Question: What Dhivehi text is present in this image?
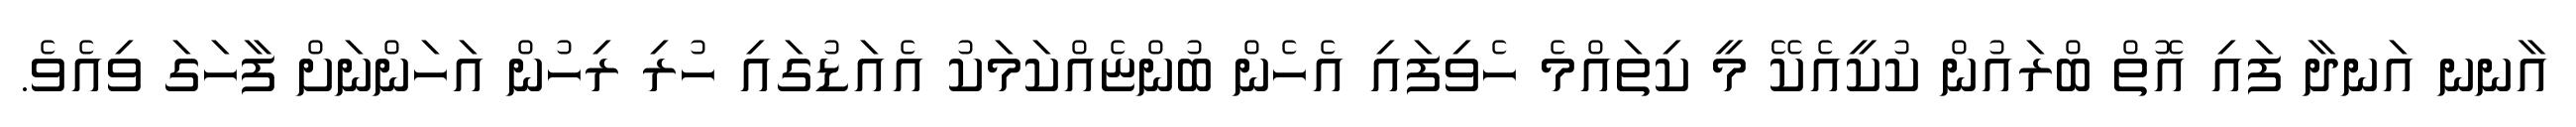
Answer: އާނނ އަނދާ ފައި އޮތް ބްރައުން ކުކީއެކޭ މީ ކިތައްމެ ހެވިފައި އެހެން ބުންޏެއްކަމަކު އެއަޑުގައި ހުރި ރިހުން އަހަންނަށް ފާހަގަ ވިއެވެ.